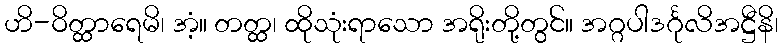
ဟိ-ဝိတ္ထာရေမိ၊ အံ့။ တတ္ထ၊ ထိုသုံးရာသော အရိုးတို့တွင်။ အဂ္ဂပါဒင်္ဂုလိအဋ္ဌီနိ၊